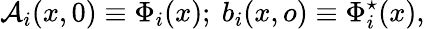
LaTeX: \mathcal{A}_{i}(x,0)\equiv\Phi_{i}(x);\ b_{i}(x,o)\equiv\Phi_{i}^{\star}(x),